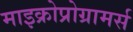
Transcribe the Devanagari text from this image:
माइक्रोप्रोग्रामर्स